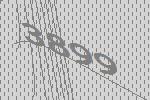
3899